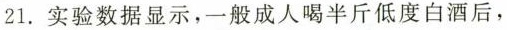
21.实验数据显示，一般成人喝半斤低度白酒后，